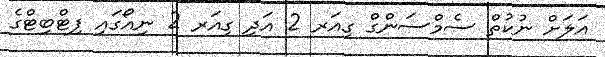
އަލަށް ނުކުތް ސެމްސަންގް ގިއަރ 2 އަދި ގިއަރ 2 ނިއޯގައި ފިޓްބިޓްގެ